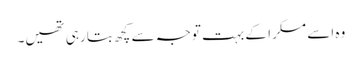
وہ اسے مسکرا کے بہت توجہ سے کچھ بتا رہی تھیں۔